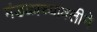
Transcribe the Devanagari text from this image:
मंडळाच्यावतीने